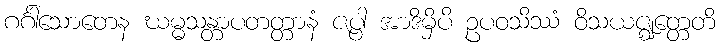
ဂင်္ဂါသောတေန ဃမ္မသန္တာပတတ္တာနံ ဇပ္ပါ အာဒိမှိပိ ဥပဝသိဿံ ဝိသယဇ္ဈတ္တေတိ